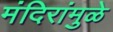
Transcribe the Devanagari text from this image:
मंदिरांमुळे